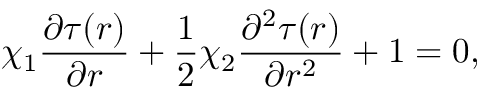
\chi _ { 1 } \frac { \partial \tau ( r ) } { \partial r } + \frac { 1 } { 2 } \chi _ { 2 } \frac { \partial ^ { 2 } \tau ( r ) } { \partial r ^ { 2 } } + 1 = 0 ,